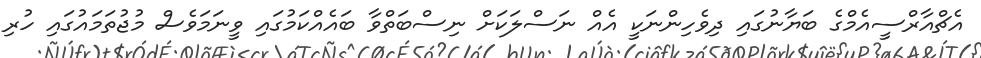
އެޗްއާރްސީއެމްގެ ބަޔާނުގައި ދިވެހިންނަކީ އެއް ނަސްލަކަށް ނިސްބަތްވާ ބައެއްކަމުގައި ވީނަމަވެސް މުޖުތަމައުގައި ހުރި